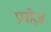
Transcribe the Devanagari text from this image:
प्रपोज़